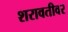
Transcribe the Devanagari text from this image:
शरावतीवर